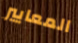
المعايير